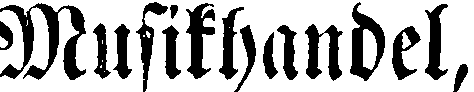
Musikhandel,